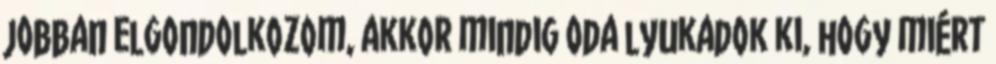
jobban elgondolkozom, akkor mindig oda lyukadok ki, hogy miért